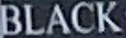
BLACK